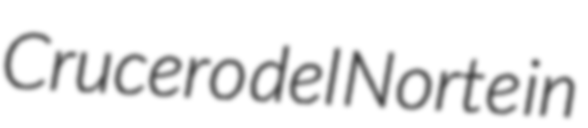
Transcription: Crucero del Norte in